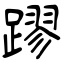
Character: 蹘